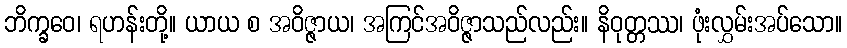
ဘိက္ခဝေ၊ ရဟန်းတို့။ ယာယ စ အဝိဇ္ဇာယ၊ အကြင်အဝိဇ္ဇာသည်လည်း။ နိဝုတ္တဿ၊ ဖုံးလွှမ်းအပ်သော။